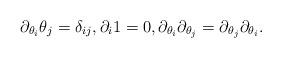
LaTeX: \begin{align*}\partial_{\theta_i} \theta_j = \delta_{ij}, \partial_i 1 = 0, \partial_{\theta_i} \partial_{\theta_j} = \partial_{\theta_j} \partial_{\theta_i} .\end{align*}